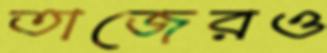
তাজেরও